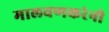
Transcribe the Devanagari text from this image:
मालवणकरंनी